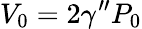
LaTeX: V_{0}=2\gamma^{\prime\prime}P_{0}